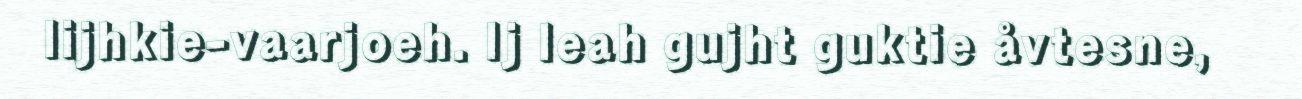
lijhkie-vaarjoeh. Ij leah gujht guktie åvtesne,